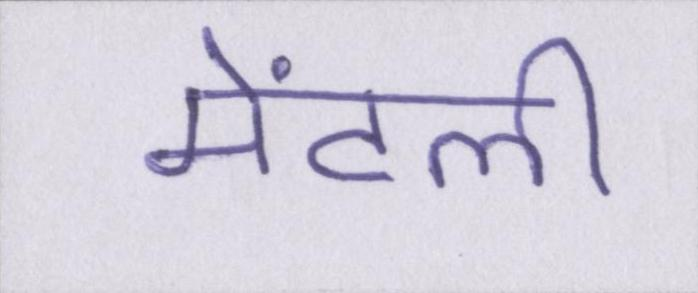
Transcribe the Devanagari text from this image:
मेंटली